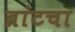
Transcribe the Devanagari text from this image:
ब्रांटचा